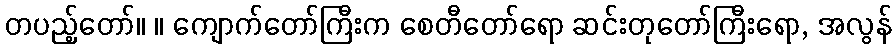
တပည့်တော်။ ။ ကျောက်တော်ကြီးက စေတီတော်ရော ဆင်းတုတော်ကြီးရော, အလွန်